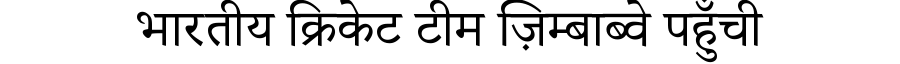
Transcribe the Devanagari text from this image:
भारतीय क्रिकेट टीम ज़िम्बाब्वे पहुँची